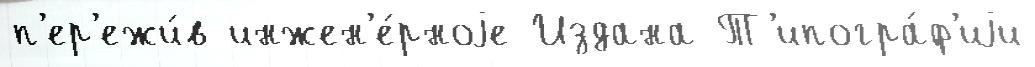
п'ер'ежи́в инжен'е́рноjе Издана Т'ипогра́ф'иjи